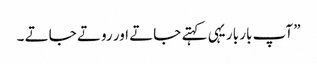
” آپ بار بار یہی کہتے جاتے اور روتے جاتے ۔